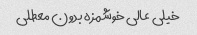
خیلی عالی خوشمزه بدون معطلی